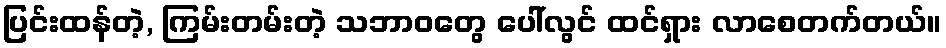
ပြင်းထန်တဲ့, ကြမ်းတမ်းတဲ့ သဘာဝတွေ ပေါ်လွင် ထင်ရှား လာစေတက်တယ်။